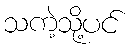
သကဲ့သို့ပင်